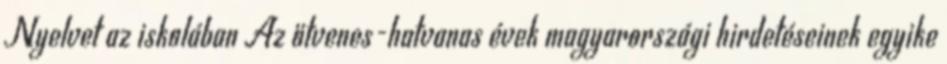
Nyelvet az iskolában Az ötvenes-hatvanas évek magyarországi hirdetéseinek egyike